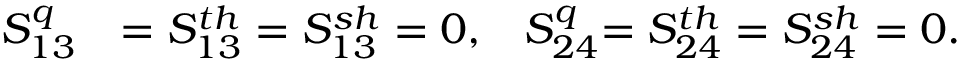
\begin{array} { r l } { { S _ { 1 3 } ^ { q } } } & { { } { = S _ { 1 3 } ^ { t h } = S _ { 1 3 } ^ { s h } = 0 , } \quad { S _ { 2 4 } ^ { q } } { = S _ { 2 4 } ^ { t h } = S _ { 2 4 } ^ { s h } = 0 } . } \end{array}